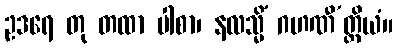
ဥဒရေ တု တထာ ပါစာ၊ နလသ္မိံ ဂဟဏီ’တ္ထိယံ။